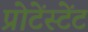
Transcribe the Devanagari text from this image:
प्रोटेंस्टेंट